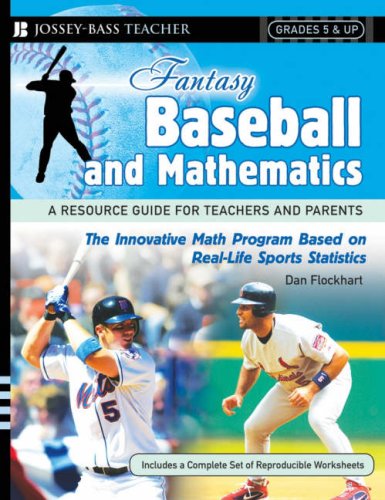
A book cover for Fantasy Baseball and Mathematics: A Resource Guide for Teachers and Parents, Grades 5 and Up; Dan Flockhart; Humor & Entertainment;